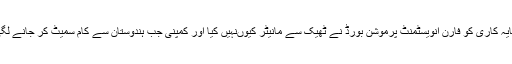
ہچیسن کمپنی کی ہندوستان میں سرمایہ کاری کن شرائط پر ہوئی تھی، اس سرمایہ کاری کو فارن انویسٹمنٹ پرموشن بورڈ نے ٹھیک سے مانیٹر کیوںنہیں کیا اور کمپنی جب ہندوستان سے کام سمیٹ کر جانے لگی، تو اس کی (اصلی) وجوہات جاننے کی حکومت ہند نے کوشش کیوںنہیںکی؟